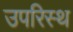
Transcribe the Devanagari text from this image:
उपरिस्थ